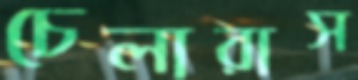
চেলারাস